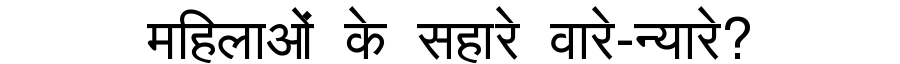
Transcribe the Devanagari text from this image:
महिलाओं के सहारे वारे-न्यारे?